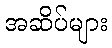
အဆိပ်များ